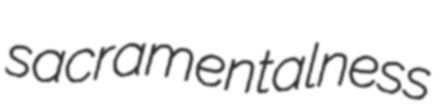
sacramentalness